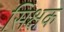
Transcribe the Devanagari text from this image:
सिक्षक